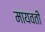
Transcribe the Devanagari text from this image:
मायवती